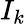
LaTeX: I_{k}